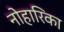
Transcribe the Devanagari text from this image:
नोहारिका